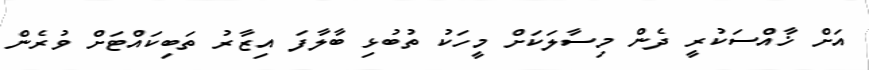
އަށް ޚާއްސަކުރީ ދެން މިސާލަކަށް މީހަކު ތުބުޅި ބާލާފަ އިޒާރު ތަބިކައްޓަށް ވުރެން